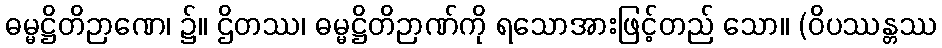
ဓမ္မဋ္ဌိတိဉာဏေ၊ ၌။ ဌိတဿ၊ ဓမ္မဋ္ဌိတိဉာဏ်ကို ရသောအားဖြင့်တည် သော။ (ဝိပဿန္တဿ